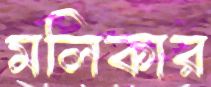
মলিকার